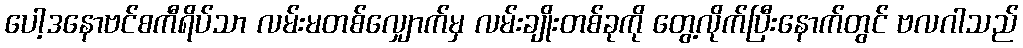
ပေါ့ဒနောဗင်စကီရိပ်သာ လမ်းမတစ်လျှောက်မှ လမ်းချိုးတစ်ခုကို တွေ့လိုက်ပြီးနောက်တွင် ဗလဂါသည်